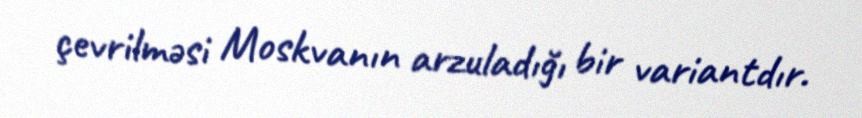
çevrilməsi Moskvanın arzuladığı bir variantdır.